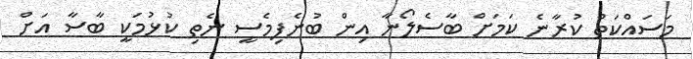
މަސައްކަތް ކުރާނެ ކަމަށް ބާސެލޯނާ އިން ބުނެފިމެސީ ނެތި ކުޅުމަކީ ބާސާ އަށް